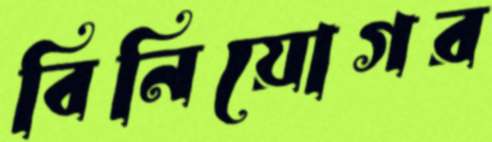
বিনিয়োগর